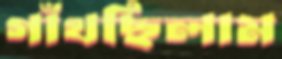
গাঁথছিলাম